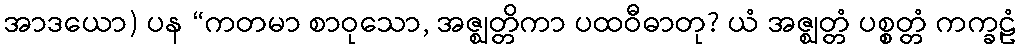
အာဒယော) ပန “ကတမာ စာဝုသော, အဇ္ဈတ္တိကာ ပထဝီဓာတု? ယံ အဇ္ဈတ္တံ ပစ္စတ္တံ ကက္ခဠံ